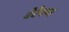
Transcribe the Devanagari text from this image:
वेरेयघ्न